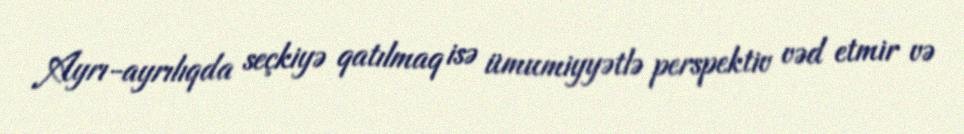
Ayrı-ayrılıqda seçkiyə qatılmaq isə ümumiyyətlə perspektiv vəd etmir və